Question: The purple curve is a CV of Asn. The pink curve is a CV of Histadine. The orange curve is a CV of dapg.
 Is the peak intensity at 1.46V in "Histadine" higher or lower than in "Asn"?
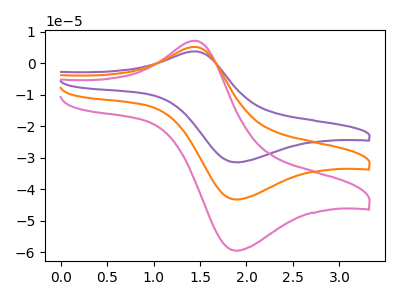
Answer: <think>The purple curve "Asn" has an anodic peak at (1.45V, 10.45uA) and a cathodic peak at (1.90V, -86.50uA). The pink curve "Histadine" has an anodic peak at (1.45V, 7.20uA) and a cathodic peak at (1.90V, -59.50uA). The orange curve "dapg" has an anodic peak at (1.45V, 5.25uA) and a cathodic peak at (1.90V, -43.25uA).</think>
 <answer>The peak at 1.46V is lower in "Histadine" than in "Asn".</answer>
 <eval>lower</eval>